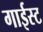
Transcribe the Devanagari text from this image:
गाईस्ट